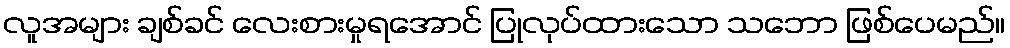
လူအများ ချစ်ခင် လေးစားမှုရအောင် ပြုလုပ်ထားသော သဘော ဖြစ်ပေမည်။